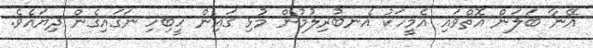
އޭނާ ބަލަން އޮތްވައި އެމީހަކު އެނބުރިލުމުން މުޅި ގައިން ހީބިހި ނަގައިގެން ދިޔައެވެ.